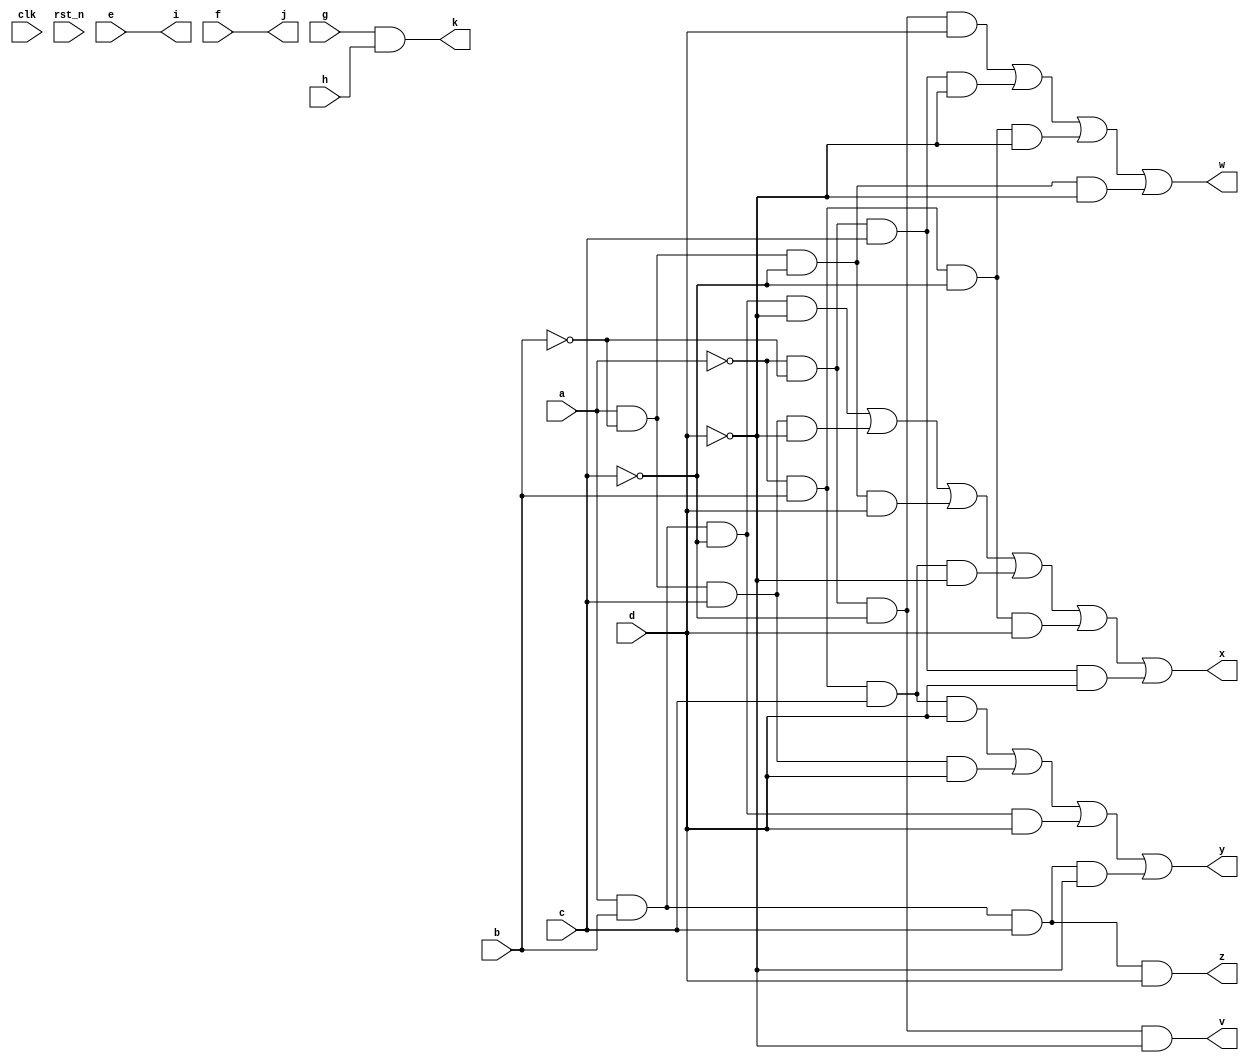
module tt_um_adder (input clk, 
                    input rst_n,
                    input a, 
                    input b, 
                    input c, 
                    input d,
                    input e,
                    input f,
                    input g,
                    input h,
                    output v, 
                    output w, 
                    output x, 
                    output y, 
                    output z,
                    output i,
                    output j,
                    output k
                   );

    
    assign v =  ~a&~b&~c&~d ;

    assign w =  ~a&~b&~c&d | ~a&~b&c&~d | ~a&b&~c&~d | a&~b&~c&~d ;

    assign x =  a&b&~c&~d | a&~b&c&~d | a&~b&~c&d | ~a&b&c&~d | ~a&b&~c&d| ~a&~b&c&d ;

    assign y =  ~a&b&c&d | a&~b&c&d | a&b&~c&d | a&b&c&~d ;

    assign z =  a&b&c&d ;

    assign i = e ;

    assign j = f ;

    assign k = g&h ;

  

endmodule